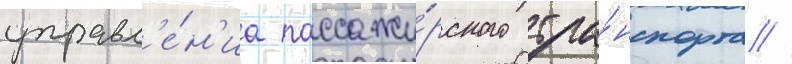
управл'е́н'иа пассажи́рского тра́нспорта //